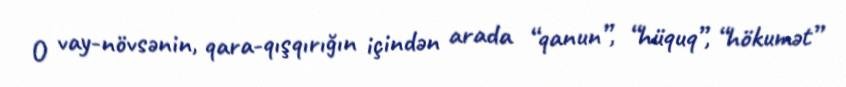
O vay-növsənin, qara-qışqırığın içindən arada “qanun”, “hüquq”, “hökumət”